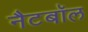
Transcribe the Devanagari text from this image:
नैटबॉल